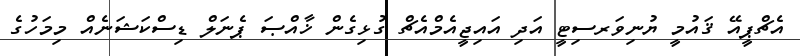
އެޗްޕީއޭ ޤައުމީ ޔުނިވަރސިޓީ އަދި އައިޖީއެމްއެޗް ގުޅިގެން ޚާއްޞަ ޕެނަލް ޑިސްކަޝަނެއް މިމަހުގެ